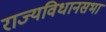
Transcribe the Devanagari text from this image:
राज्यविधानसभा